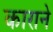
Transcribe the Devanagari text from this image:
काराने